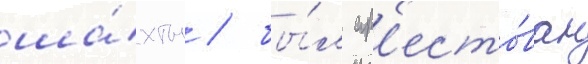
ша́хты / бы́л ар'есто́ван